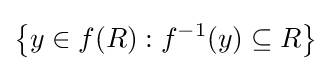
\left\{y\in f(R):f^{-1}(y)\subseteq R\right\}